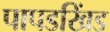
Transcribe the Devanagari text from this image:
पापडखिंड